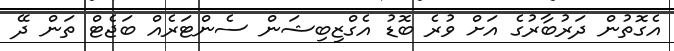
އެގޮތުން ދަރުބާރުގެ އަށް ވުރެ ބޮޑު އެގްޒިބިޝަން ސެންޓަރެއް ބަޖެޓް ތަން ދޭ